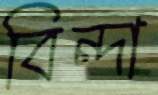
বিন্দা